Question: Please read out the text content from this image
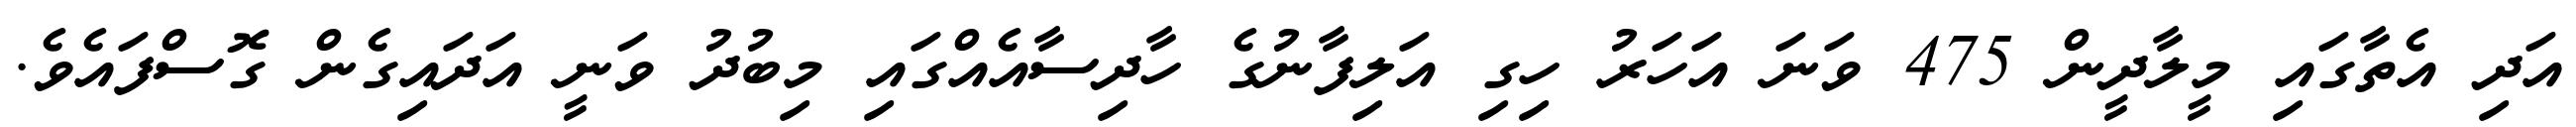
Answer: އަދި އެތާގައި މީލާދީން 475 ވަނަ އަހަރު ހިގި އަލިފާނުގެ ހާދިސާއެއްގައި މިބުދު ވަނީ އަދައިގެން ގޮސްފައެވެ.